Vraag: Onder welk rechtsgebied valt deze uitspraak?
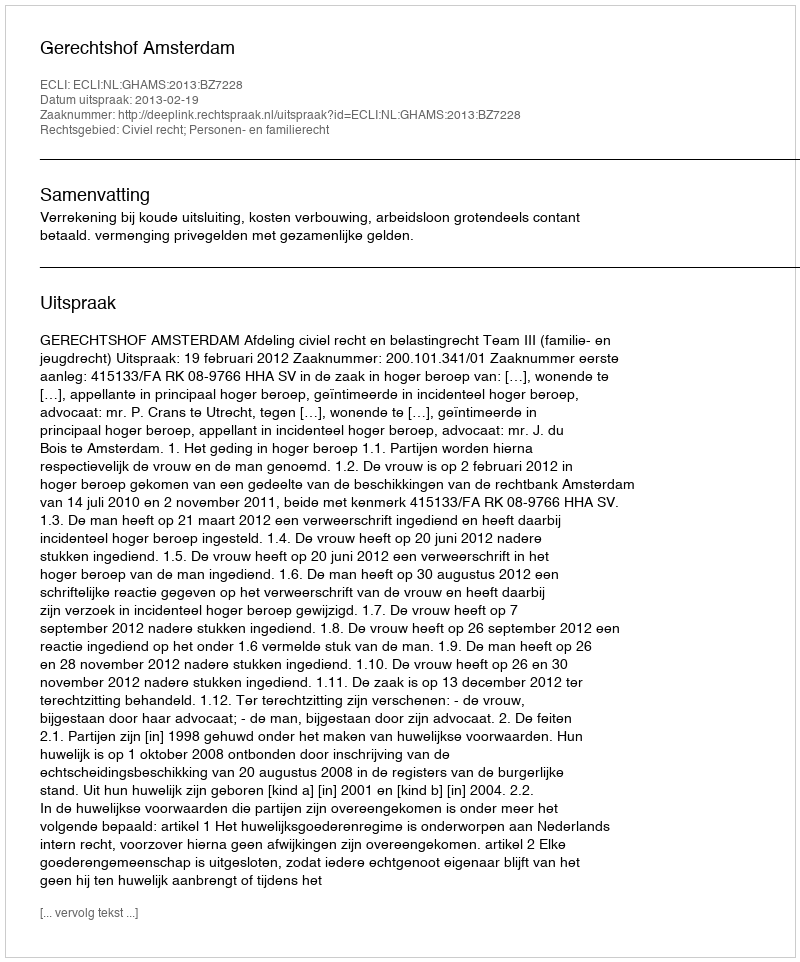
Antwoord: Civiel recht; Personen- en familierecht